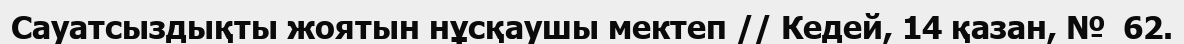
Сауатсыздықты жоятын нұсқаушы мектеп // Кедей, 14 қазан, №  62.